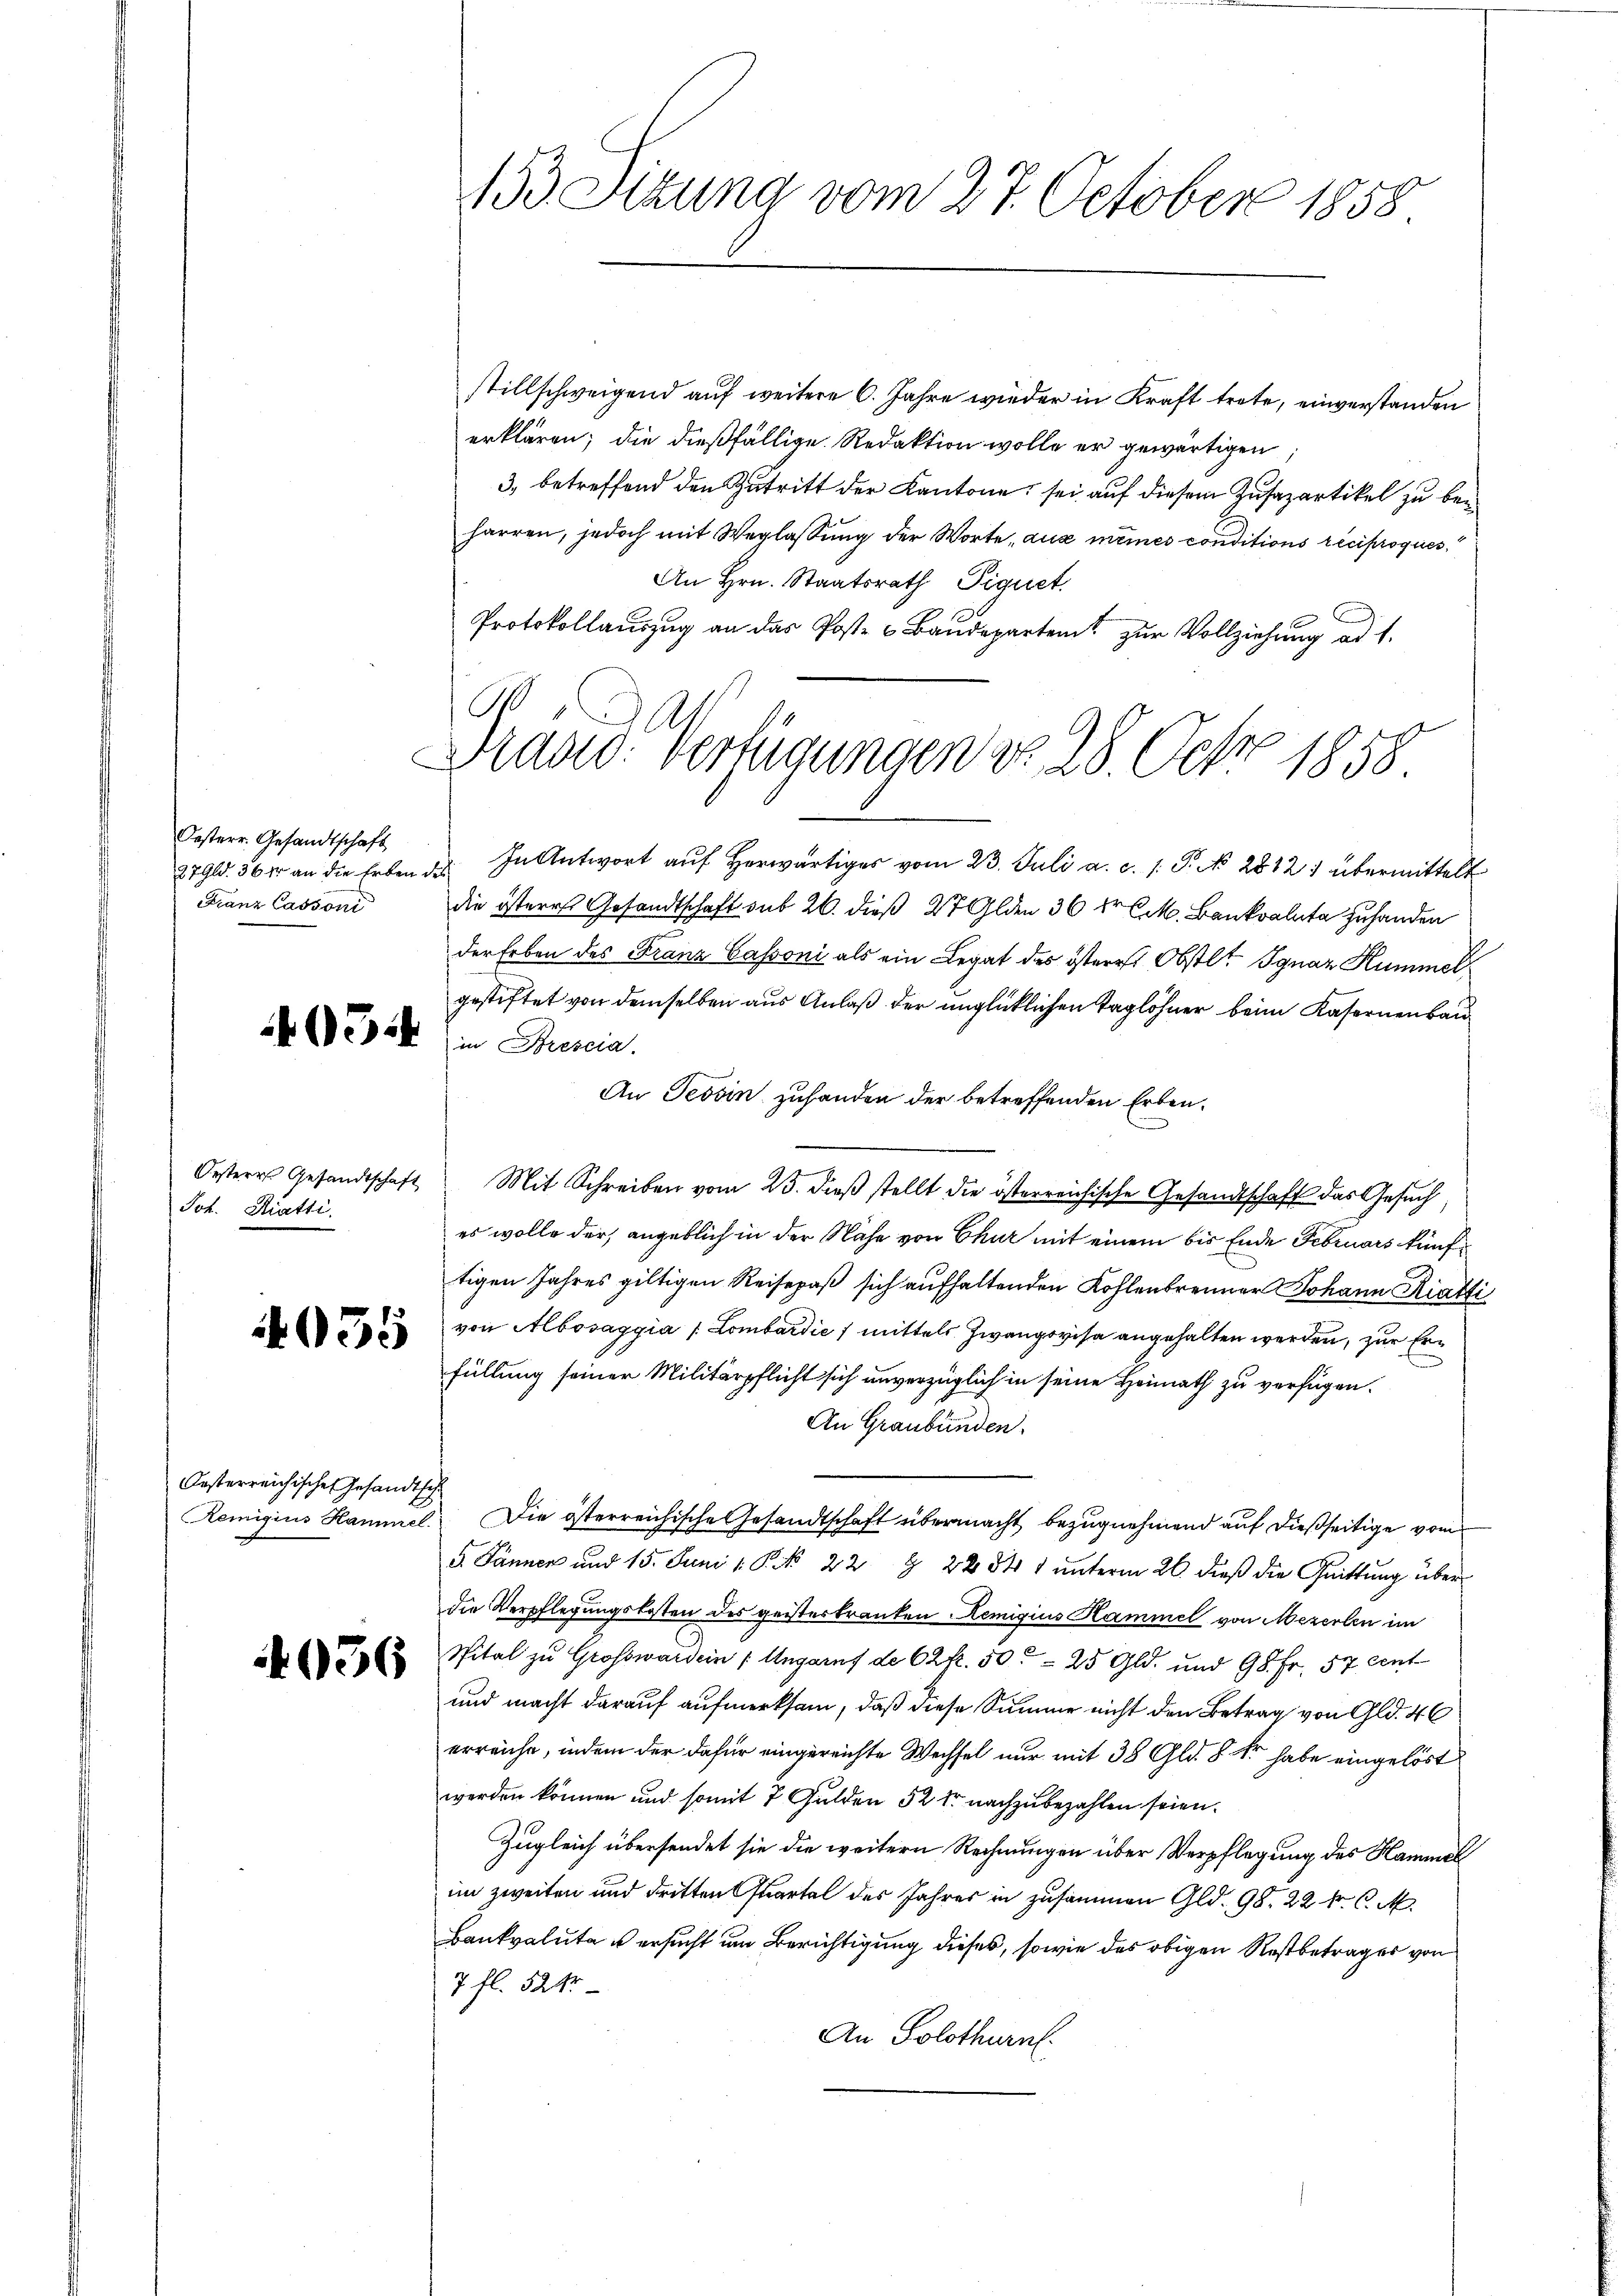
Oesterr. Gesandtschaft
Franz Cassoni

Joh. Kratti

4035

Oesterreichisches Gesandtsch

036

153 Stzung vom 27. October 1858.

.
Draad: Vertigungen d. 28. Oct. 1858

stillschweigend auf weitere 6. Jahre wieder in Kraft trete, einverstanden
erklären; die dießfällige Redaktion wolle er gewärtigen,
3. betreffend den Zutritt der Kantone, sei auf diesem Zusazartikel zu beharren, jedoch mit Weglassung der Worte, aus meines conditions réciproques,
An Hrn. Staatsrath Piquet
Protokollauszug an das Poste 6 Baudeparten zur Vollziehung ad 1.
279. 36 Xr an die Erben des In Antwort aŭf herwärtiges vom 23. Juli a. c. 1. P. N. 2812) übermittelt
die österes Gesandtschaft sub 26. dieß 27 Olden 36 Fr. 6. M. Bankata zuhanden
der Erben des Franz Cassoni als ein Legat des östere Obstlt Ignaz Hummelgestiftet von demselben aus Anlaß der unglücklichen Taglöhner beim Kasernenbau
a. Werk in Prescia.
An Tessin zuhanden der betreffenden Erben¬
Oesteres Gesandtschaft Mit Schreiben vom 23. dieß stellt die österreichische Gesandtschaft das Gesuch,
es wolle der, angeblich in der Nähe von Chur mit einem bis Ende Februars künftigen Jahres giltigen Reisepaß sich aufhaltenden Kohlenbrenner Johann Ratti
von Albosaggia / Lombardić / mittels Zwangsvisa angehalten werden, zur Erfüllung seiner Militärpflicht sich unverzüglich in seine Heimath zu verfügen.
An Graubünden.
Remigius Hammel. Die österreichische Gesandtschaft übermacht bezugnehmend auf dießseitige vom
5. Jänner und 15. Juni l. P. Nr. 22 § 2234 1 ŭnterm 26. dieβ die Quittung über
die Verpflegungskosten des geisterkranken Remigius Kammel von Mezerlen im
Spital zu Grossward ein / Ungaruf de 62 f. 50. 25 Gld. und 98. Fr. 57 cent
und macht darauf aufmerksam, daß diese Summe nicht den Betrag von Gld. 46
erreiche, indem der dafür eingereichte Wechsel nur mit 38 Gld. 8 kr habe eingelöst
werden können und somit 7 Gulden 52 fr nachzubezahlen seien.
Zugleich übersendet sie die weitern Rechnungen über Verpflegung des Hammel
im zweiten und dritten Quartal des Jahres in zusammen Gld. 98. 22 kr. C. M.
Bankvaluta u ersucht um Berichtigung dieses, sowie des obigen Restbetrages von
7 fl. 521
An Solothurn.